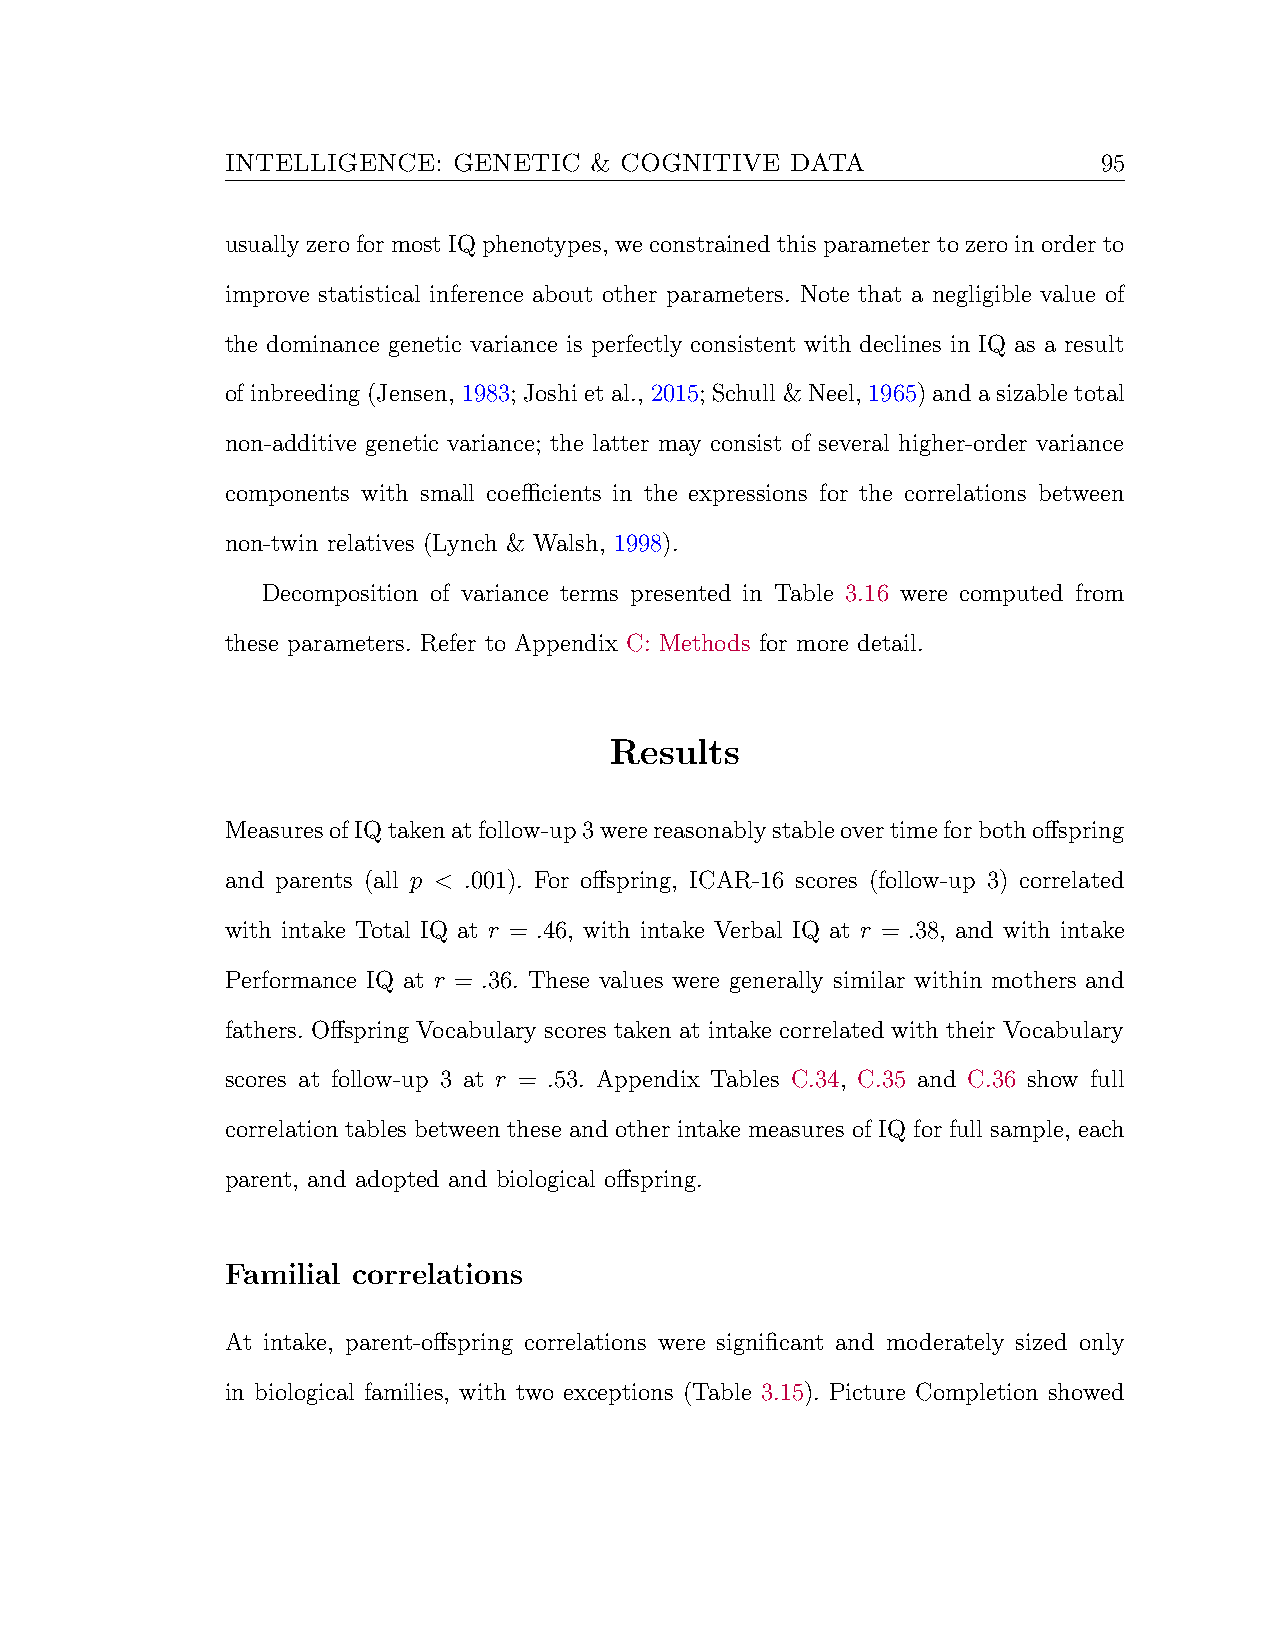
INTELLIGENCE:  GENETIC  & COGNITIVE  DATA                 95
 usuallyzeroformostIQphenotypes,weconstrainedthisparametertozeroinorderto
 improve statistical inference about other parameters. Note that a negligible value of
 the dominance genetic variance is perfectly consistent with declines in IQ as a result
 of inbreeding (Jensen, 1983; Joshi et al., 2015; Schull & Neel, 1965) and a sizable total
 non-additive genetic variance; the latter may consist of several higher-order variance
 components with small coefficients in the expressions for the correlations between
 non-twin relatives (Lynch & Walsh, 1998).
 Decomposition of variance terms presented in Table 3.16 were computed from
 these parameters. Refer to Appendix C: Methods for more detail.
 Results
 MeasuresofIQtakenatfollow-up3werereasonablystableovertimeforbothoffspring
 and parents (all p < .001). For offspring, ICAR-16 scores (follow-up 3) correlated
 with intake Total IQ at r = .46, with intake Verbal IQ at r = .38, and with intake
 Performance IQ at r = .36. These values were generally similar within mothers and
 fathers. Offspring Vocabulary scores taken at intake correlated with their Vocabulary
 scores at follow-up 3 at r = .53. Appendix Tables C.34, C.35 and C.36 show full
 correlation tables between these and other intake measures of IQ for full sample, each
 parent, and adopted and biological offspring.
 Familial correlations
 At intake, parent-offspring correlations were significant and moderately sized only
 in biological families, with two exceptions (Table 3.15). Picture Completion showed